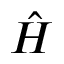
\hat { H }